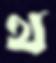
থ